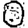
Digit: 0